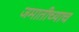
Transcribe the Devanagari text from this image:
जमातीच्याच